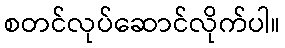
စတင်လုပ်ဆောင်လိုက်ပါ။